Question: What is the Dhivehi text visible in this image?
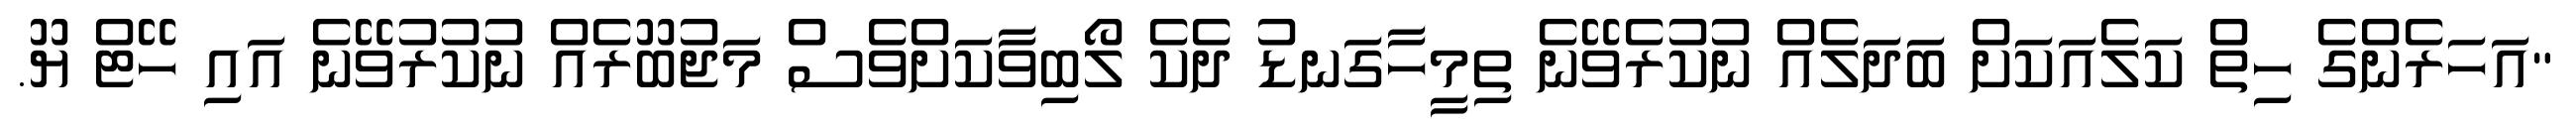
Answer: "އަހަރެންގެ ހިތް ކަލެއަކަށް ބަދަލެއް ނުކުރެވޭނެ ތިމީހާގަނޑު ދެކެ ލޯބިވާކަށްވެސް މަޖުބޫރެއް ނުކުރުވޭނެ އައި ހޭޓް ޔޫ.